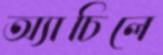
অ্যাচিলে